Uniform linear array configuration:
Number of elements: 4
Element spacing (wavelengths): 1
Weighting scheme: blackman
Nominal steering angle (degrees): -15
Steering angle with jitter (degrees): -16.329
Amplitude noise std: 0.05
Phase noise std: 0.05

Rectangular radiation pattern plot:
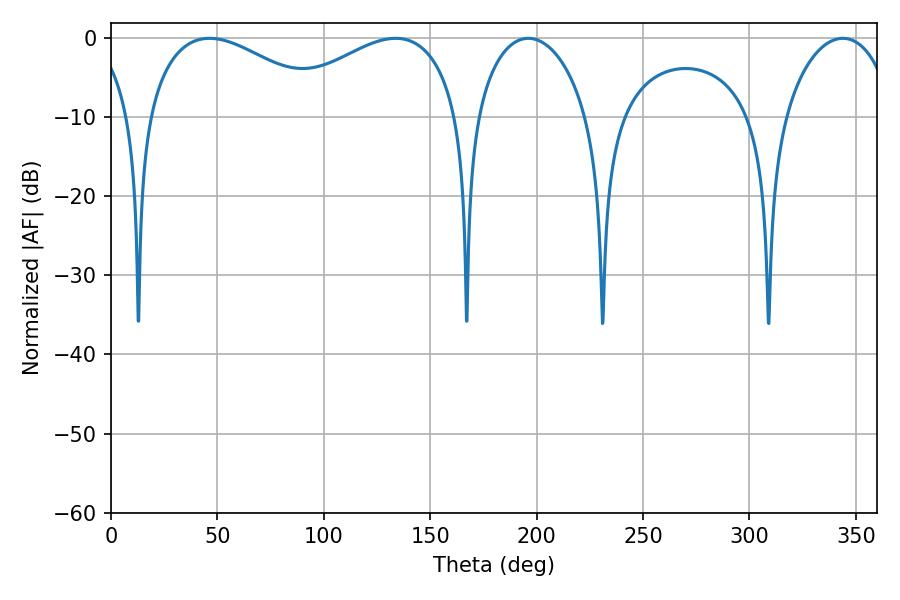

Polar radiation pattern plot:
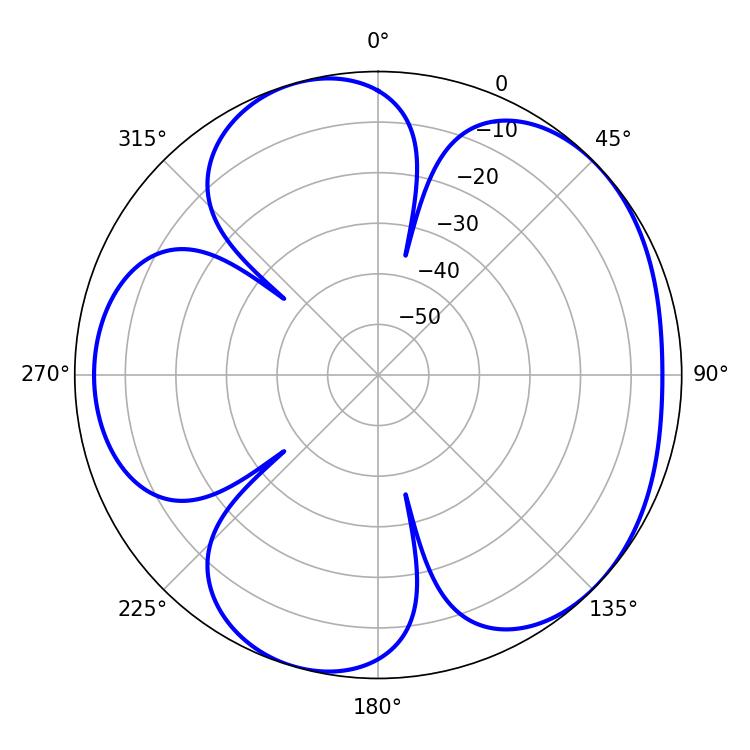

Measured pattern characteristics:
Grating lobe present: TRUE
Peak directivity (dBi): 4.833
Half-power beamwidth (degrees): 48.24
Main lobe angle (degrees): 46.26